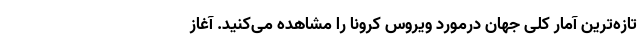
تازه‌ترین آمار کلی جهان درمورد ویروس کرونا را مشاهده می‌کنید. آغاز